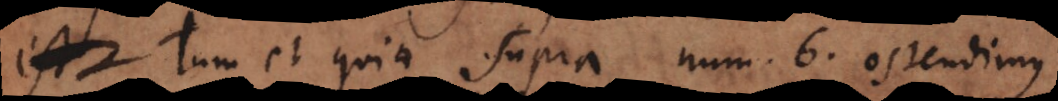
t tum et quia supra num. 6 ostendimus